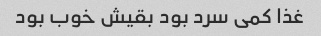
غذا کمی سرد بود بقیش خوب بود